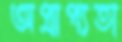
অপ্রাপ্যতা